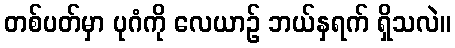
တစ်ပတ်မှာ ပုဂံကို လေယာဉ် ဘယ်နှရက် ရှိသလဲ။